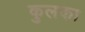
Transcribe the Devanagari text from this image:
कुलका